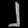
Digit: ၂